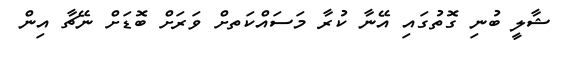
ޝާލީ ބުނި ގޮތުގައި އޭނާ ކުރާ މަސައްކަތށް ވަރަށް ބޮޑަށް ނޭޗާ އިން